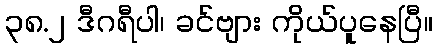
၃၈.၂ ဒီဂရီပါ၊ ခင်ဗျား ကိုယ်ပူနေပြီ။